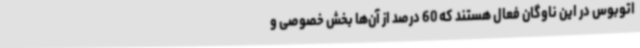
اتوبوس در این ناوگان فعال هستند که 60‌ درصد از آن‌ها ‌بخش خصوصی و